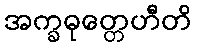
အက္ခဓုတ္တေဟီတိ